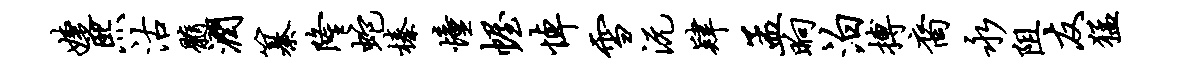
婕熙沽髓润纂隆蛇榛憧幄悼雪沅肄孟晌泊搏裔永阻友猛